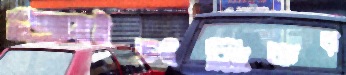
আপত্তিকর